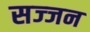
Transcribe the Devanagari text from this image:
सज्‍जन